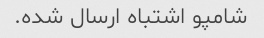
شامپو اشتباه ارسال شده.